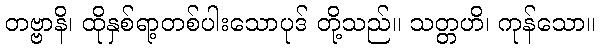
တဗ္ဗာနိ၊ ထိုနှစ်ရာ့တစ်ပါးသောပုဒ် တို့သည်။ သတ္တဟိ၊ ကုန်သော။